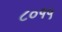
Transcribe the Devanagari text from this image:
८०१५